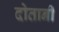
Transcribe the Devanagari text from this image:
दोतानी